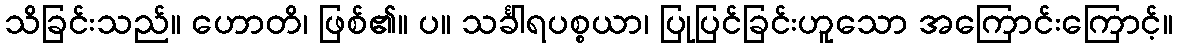
သိခြင်းသည်။ ဟောတိ၊ ဖြစ်၏။ ပ။ သင်္ခါရပစ္စယာ၊ ပြုပြင်ခြင်းဟူသော အကြောင်းကြောင့်။